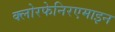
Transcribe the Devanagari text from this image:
क्लोरफेनिरएमाइन